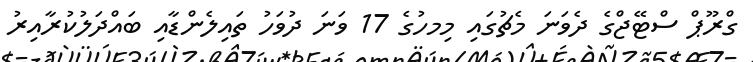
ގްރޫޕް ސްޓޭޖްގެ ދެވަނަ މެޗުގައި މިމހުގެ 17 ވަނަ ދުވަހު ތައިލެންޑާއި ބައްދަލުކުރާއިރު